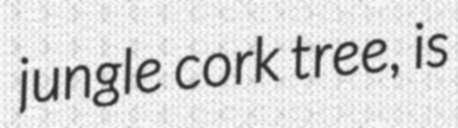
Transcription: jungle cork tree, is